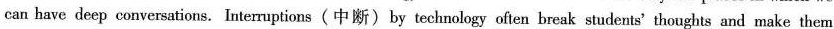
can have deep conversations.Interruptions(中断)by technology often break students' thoughts and make them